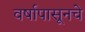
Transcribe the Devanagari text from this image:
वर्षापासूनचे